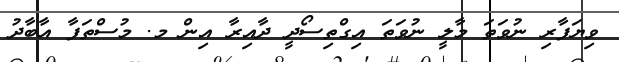
ވިޔަފާރި ނުވަތަ މާލީ ނުވަތަ އިގްތިސޯދީ ދާއިރާ އިން މ. މުސްތަފާ އާބާދު